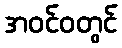
အဝင်ဝတွင်